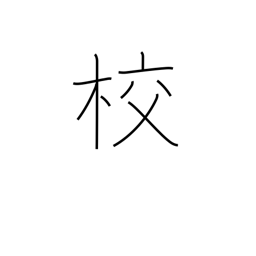
Meaning: printing